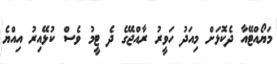
މަޔޯއްޓޭއާ ދެކޮޅަށް މިއަދު ހަވީރު ރާއްޖޭގެ ދެ ޓީމު ވެސް ކުޅޭއިރު އިއްޔެ